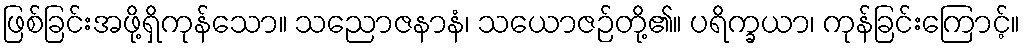
ဖြစ်ခြင်းအဖို့ရှိကုန်သော။ သညောဇနာနံ၊ သယောဇဉ်တို့၏။ ပရိက္ခယာ၊ ကုန်ခြင်းကြောင့်။